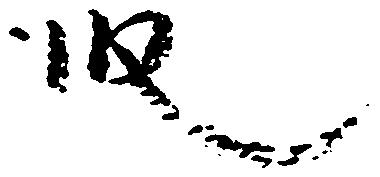
段